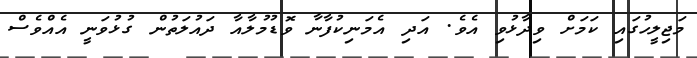
މަޖިލީހުގައި ކަމަށް ވިދާޅުވި އެވެ. އަދި އެމަނިކުފާނާ ވޮޑުމުލާއާ ދައުލަތުން ގުޅުވަނީ އެއްވެސް